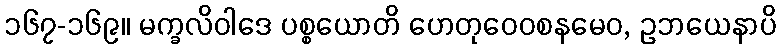
၁၆၇-၁၆၉။ မက္ခလိဝါဒေ ပစ္စယောတိ ဟေတုဝေဝစနမေဝ, ဥဘယေနာပိ